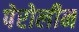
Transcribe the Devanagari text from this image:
पेरोलीन